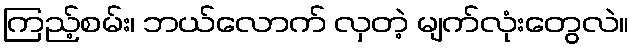
ကြည့်စမ်း၊ ဘယ်လောက် လှတဲ့ မျက်လုံးတွေလဲ။